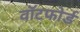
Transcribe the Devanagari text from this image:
वॉटफोर्ड